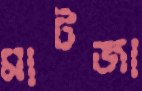
মাটজা